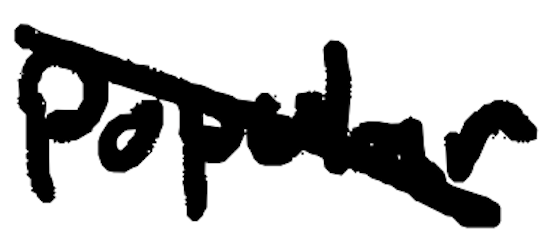
Text: popular
Cross-out: mix
Writing tool: digital_black